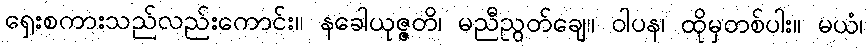
ရှေးစကားသည်လည်းကောင်း။ နခေါယုဇ္ဇတိ၊ မညီညွတ်ချေ။ ဝါပန၊ ထိုမှတစ်ပါး။ မယံ၊